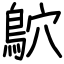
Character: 鴥